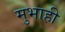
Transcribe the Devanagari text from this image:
मुभाही